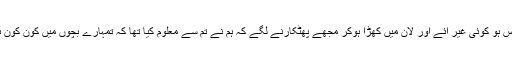
اگر عید کے اس دن جب میرا ہر چھوٹا میرے پاس ہو کوئی غیر آئے اور لان میں کھڑا ہوکر مجھے پھٹکارنے لگے کہ ہم نے تم سے معلوم کیا تھا کہ تمہارے بچوں میں کون کون بیمار ہے اور وہ کس کس مرض کا مریض ہے؟